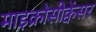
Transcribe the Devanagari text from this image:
माइक्रोसीक्वेंसर